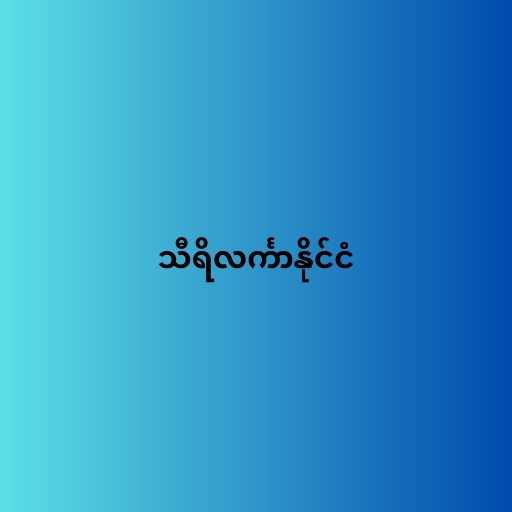
သီရိလင်္ကာနိုင်ငံ